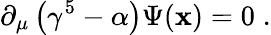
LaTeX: \partial_{\mu}\left(\gamma^{5}-\alpha\right)\Psi(\mathbf{x})=0\; .